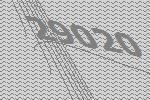
29020